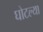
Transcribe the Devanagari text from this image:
घोटल्या